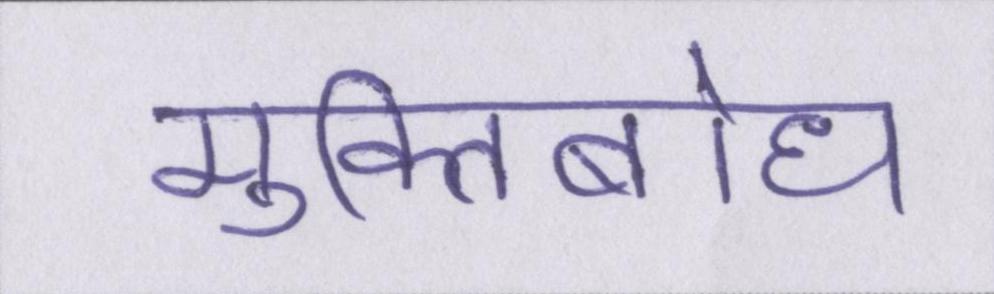
मुक्तिबोध